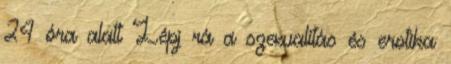
24 óra alatt Lépj rá a szexualitás és erotika